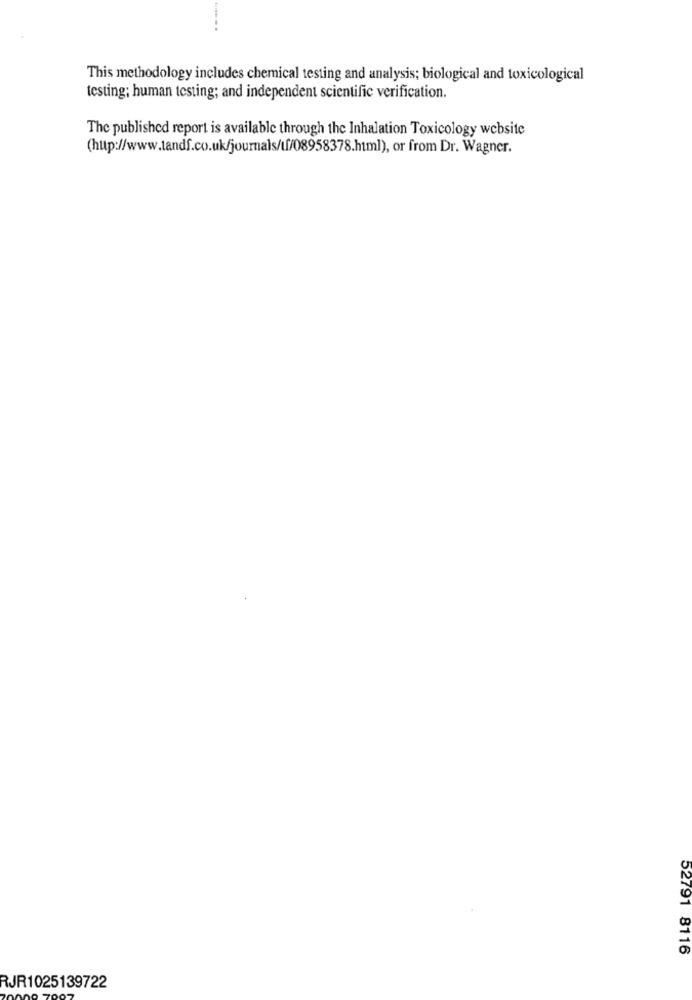
This methodology includes chemical testing and analysis; biological and toxicological
testing; human testing; and independent scientific verification.
The published report is available through the Inhalation Toxicology website
(http://www.tandf.co.uk/journals/tf/08958378.html), or from Dr. Wagner.
52791 8116
RJR1025139722